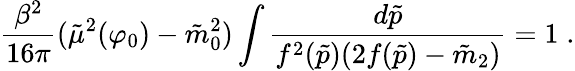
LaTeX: {\frac{\beta^{2}}{16\pi}}(\tilde{\mu}^{2}(\varphi_{0})-\tilde{m}_{0}^{2})\int{\frac{d\tilde{p}}{f^{2}(\tilde{p})(2f(\tilde{p})-\tilde{m}_{2})}}=1\; .